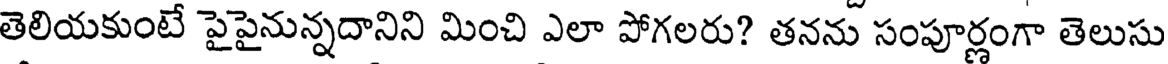
తెలియకుంటే పైపైనున్నదానిని మించి ఎలా పోగలరు? తనను సంపూర్ణంగా తెలుసు